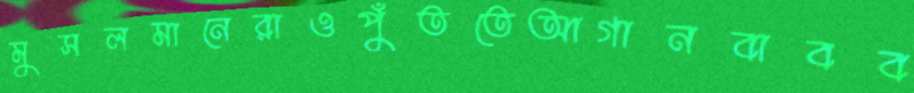
মুসলমানেরাওপুঁততেআগানবাবব